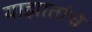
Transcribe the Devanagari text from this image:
याझातांचे